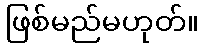
ဖြစ်မည်မဟုတ်။